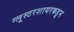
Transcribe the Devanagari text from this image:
ग्लूस्टरशायरकडून